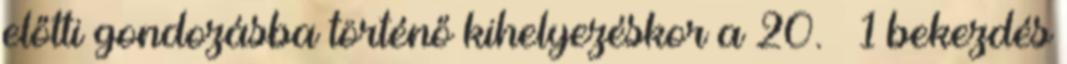
előtti gondozásba történő kihelyezéskor a 20. § 1 bekezdés